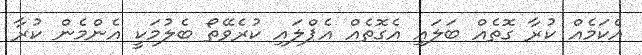
އެކަމެއް ކުރާ ގޮތެއް ބަލައި އެގޮތެއް އެޕްލައި ކުރެވޭތޯ ބެލުމަކީ އެންމެން ކުރާ